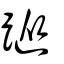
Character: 蹤